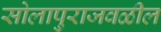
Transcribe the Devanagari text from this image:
सोलापुराजवळील